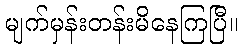
မျက်မှန်းတန်းမိနေကြပြီ။